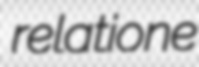
relatione